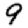
Digit: 9